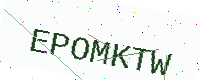
Text: EPOMKTW